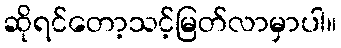
ဆိုရင်တော့သင့်မြတ်လာမှာပါ။